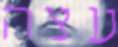
עצה